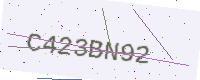
Text: C423BN92